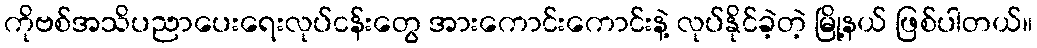
ကိုဗစ်အသိပညာပေးရေးလုပ်ငန်းတွေ အားကောင်းကောင်းနဲ့ လုပ်နိုင်ခဲ့တဲ့ မြို့နယ် ဖြစ်ပါတယ်။